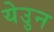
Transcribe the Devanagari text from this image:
येउुन